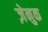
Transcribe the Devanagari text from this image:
ज़ेनुक